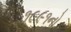
૧૯૯૧નો